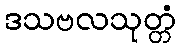
ဒသဗလသုတ္တံ